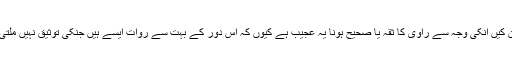
مطلق شرائط جو آپ نے بیان کیں انکی وجہ سے راوی کا ثقہ یا صحیح ہونا یہ عجیب ہے کیوں کہ اس دور کے بہت سے روات ایسے ہیں جنکی توثیق نہیں ملتی اور بعض ضعیف بھی ہیں۔